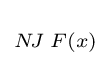
\scriptstyle N\!J\;F(x)